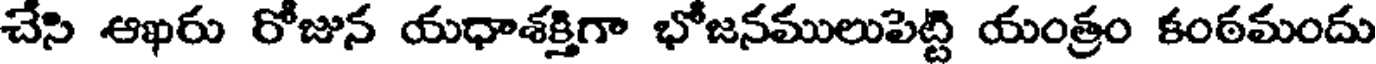
చేసి ఆఖరు రోజున యధాశక్తిగా భోజనములుపెట్టి యంత్రం కంఠమందు